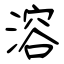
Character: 溶